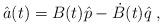
LaTeX: \begin{align*}\hat{a}(t)=B(t)\hat{p}-\dot{B}(t)\hat{q}\;,\end{align*}